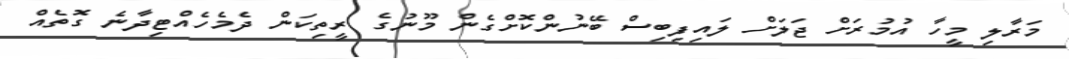
މަރާލި މީހާ އުމުރަށް ޖަލަށް ލައިފިބިސް ބޭނުންކޮށްގެން މޫނުގެ ރީތިކަން ދެމެހެއްޓިދާނެ ގޮތެއް